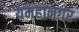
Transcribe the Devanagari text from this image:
यमहानगर